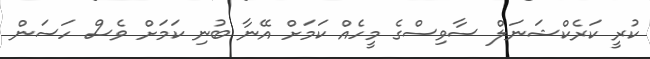
ކުރީ ކަރެކްޝަނަލް ސާވިސްގެ މީހެއް ކަމަށް އޭނާ ބުނި ކަމަށް ވެސް ހަސަން